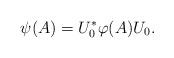
LaTeX: \begin{align*}\psi(A)=U_0^*\varphi(A)U_0.\end{align*}